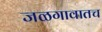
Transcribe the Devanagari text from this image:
जळगावातच